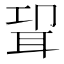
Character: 𰭸